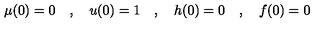
\mu ( 0 ) = 0 \quad , \quad u ( 0 ) = 1 \quad , \quad h ( 0 ) = 0 \quad , \quad f ( 0 ) = 0